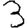
Digit: 3